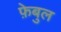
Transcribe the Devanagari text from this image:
फ़ेबुल